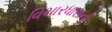
વિચારધારાનો